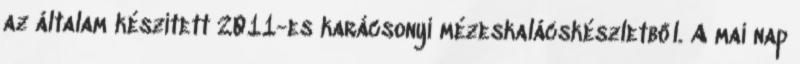
az általam készített 2011-es karácsonyi mézeskalácskészletből. A mai nap